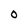
Character: 0